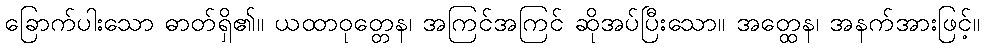
ခြောက်ပါးသော ဓာတ်ရှိ၏။ ယထာဝုတ္တေန၊ အကြင်အကြင် ဆိုအပ်ပြီးသော။ အတ္ထေန၊ အနက်အားဖြင့်။